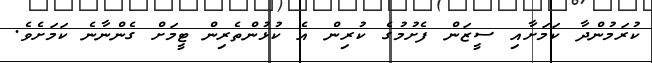
ކުރަމުންދާ ކަމަށާއި ސީޒަން ފެށުމުގެ ކުރިން އެ ކުޅުންތެރިން ޓީމަށް ގެންނާނެ ކަމަށެވެ.